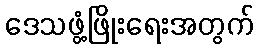
ဒေသဖွံ့ဖြိုးရေးအတွက်